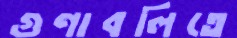
গুণাবলিতে